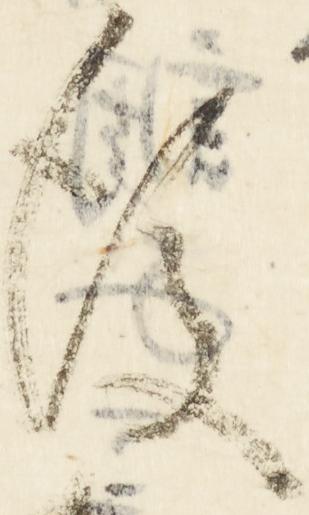
後